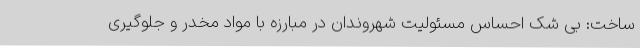
ساخت: بی شک احساس مسئولیت شهروندان در مبارزه با مواد مخدر و جلوگیری